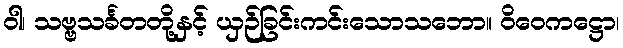
ဝါ၊ သဗ္ဗသင်္ခတတို့နှင့် ယှဉ်ခြင်းကင်းသောသဘော။ ဝိဝေကဋ္ဌော၊